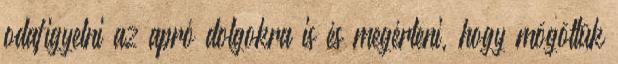
odafigyelni az apró dolgokra is és megérteni, hogy mögöttük